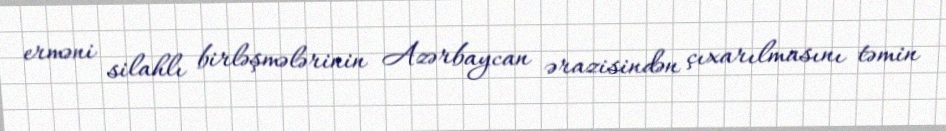
erməni silahlı birləşmələrinin Azərbaycan ərazisindən çıxarılmasını təmin